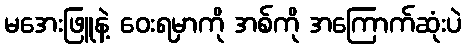
မအေးဖြူနဲ့ ဝေးရမှာကို အစ်ကို အကြောက်ဆုံးပဲ